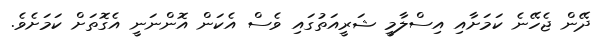
ދޭން ޖެހޭނެ ކަމަށާއި އިސްލާމީ ޝަރީއަތުގައި ވެސް އެކަން އޮންނަނީ އެގޮތަށް ކަމަށެވެ.